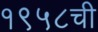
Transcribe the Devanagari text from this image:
१९५८ची